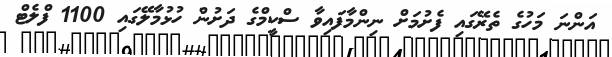
އަންނަ މަހުގެ ތެރޭގައި ފެށުމަށް ނިންމާފައިވާ ސްކީމްގެ ދަށުން ހުޅުމާލޭގައި 1100 ފްލެޓް